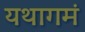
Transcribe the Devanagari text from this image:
यथागमं